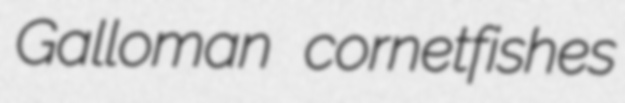
Galloman cornetfishes